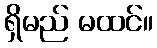
ရှိမည် မထင်။